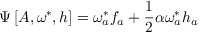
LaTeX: \Psi \left[ A , \omega ^ { * } , h \right] = \omega _ { a } ^ { * } f _ { a } + \frac { 1 } { 2 } \alpha \omega _ { a } ^ { * } h _ { a }